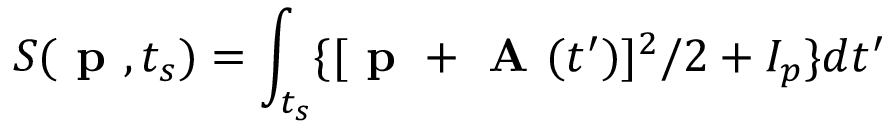
S ( \textbf { p } , t _ { s } ) = \int _ { t _ { s } } \{ { [ \textbf { p } + \textbf { A } ( t ^ { \prime } } ) ] ^ { 2 } / 2 + I _ { p } \} d t ^ { \prime }